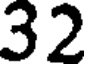
32